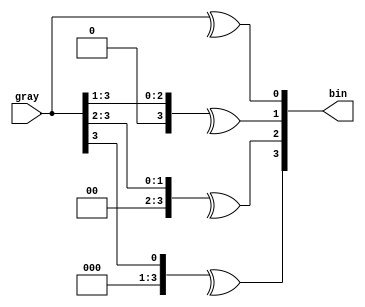
`timescale 1ns / 1ps
//////////////////////////////////////////////////////////////////////////////////
// Company: 
// 
// Design Name: Gray to Binary Converter Dataflow
// Module Name: Gray_to_Bin_Converter_Dataflow
// Project Name: 
// Target Devices: 
// Tool Versions: Vivado 2021.2
// Description: 
// 
// Dependencies: 
// 
// Revision:
// Revision 0.01 - File Created
// Additional Comments:
// 
//////////////////////////////////////////////////////////////////////////////////


module Gray_to_Bin_Converter_Dataflow #(parameter size = 4)(
    bin,
    gray
    );
    
    output [size-1:0]bin;
    input [size-1:0]gray;
    
    genvar i;
    
    for(i=0; i<size; i=i+1)
    begin
        assign bin[i] =^ (gray >> i);
    end
endmodule